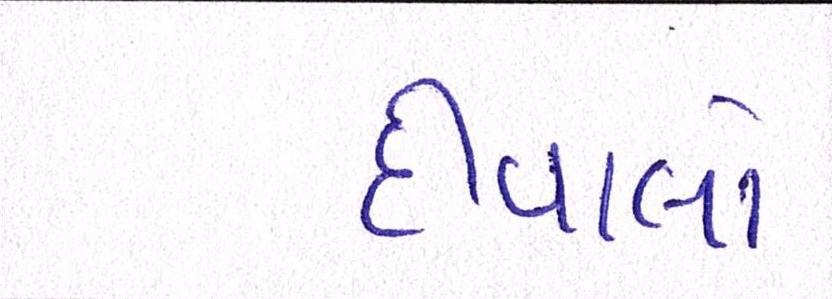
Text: દીવાલો